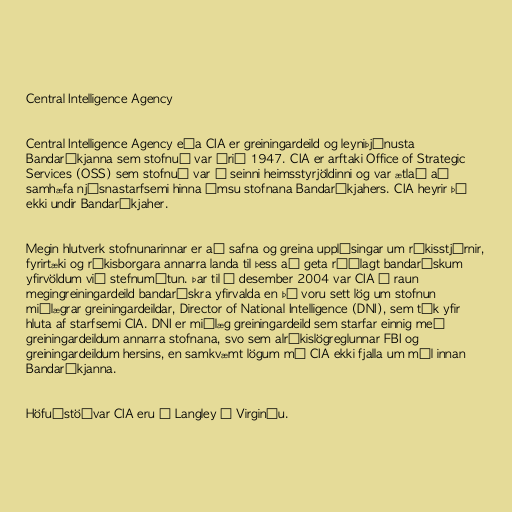
Central Intelligence Agency

Central Intelligence Agency eða CIA er greiningardeild og leyniþjónusta
Bandaríkjanna sem stofnuð var árið 1947. CIA er arftaki Office of Strategic
Services (OSS) sem stofnuð var í seinni heimsstyrjöldinni og var ætlað að
samhæfa njósnastarfsemi hinna ýmsu stofnana Bandaríkjahers. CIA heyrir þó
ekki undir Bandaríkjaher.

Megin hlutverk stofnunarinnar er að safna og greina upplýsingar um ríkisstjórnir,
fyrirtæki og ríkisborgara annarra landa til þess að geta ráðlagt bandarískum
yfirvöldum við stefnumótun. Þar til í desember 2004 var CIA í raun
megingreiningardeild bandarískra yfirvalda en þá voru sett lög um stofnun
miðlægrar greiningardeildar, Director of National Intelligence (DNI), sem tók yfir
hluta af starfsemi CIA. DNI er miðlæg greiningardeild sem starfar einnig með
greiningardeildum annarra stofnana, svo sem alríkislögreglunnar FBI og
greiningardeildum hersins, en samkvæmt lögum má CIA ekki fjalla um mál innan
Bandaríkjanna.

Höfuðstöðvar CIA eru í Langley í Virginíu.